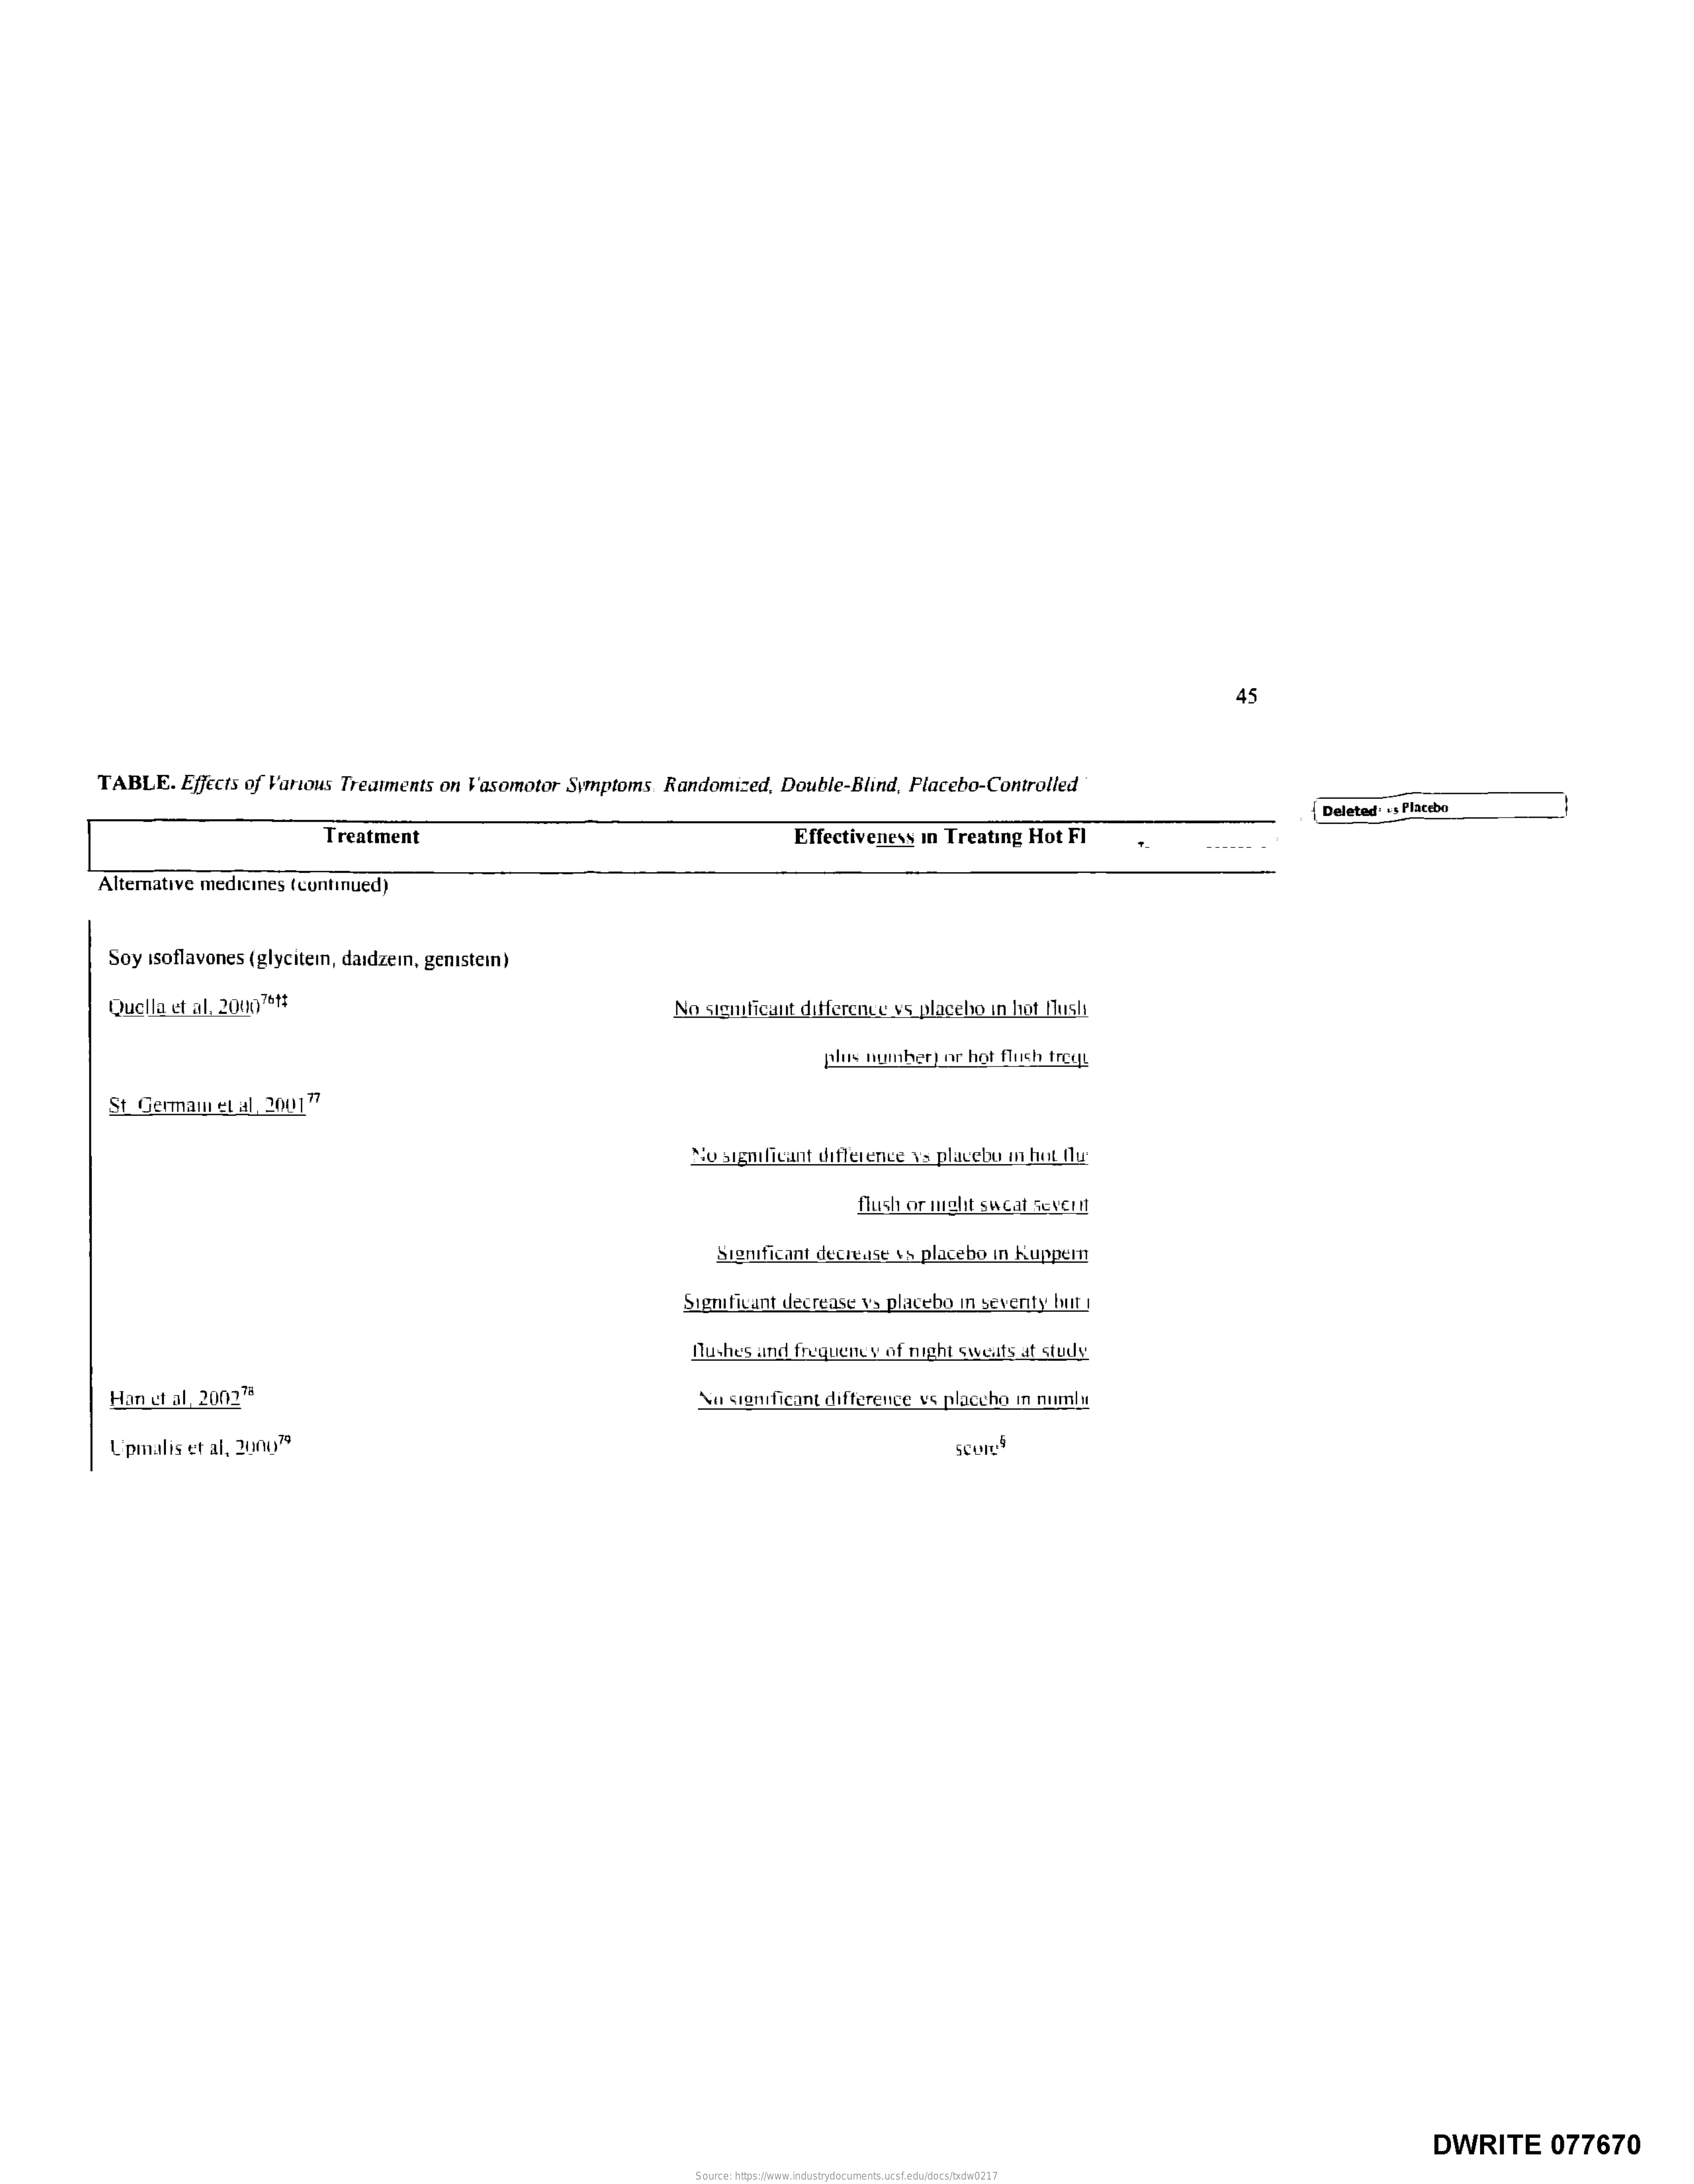
45
     TABLE. Effects of Various Treatments on Vasomotor Symptoms. Randomized, Double-Blind, Placebo-Controlled
     Deleted: : s Plattbe
     Treatment    Effectiveness in Treating Hot FI
     Alternative medicines (continued)
     Soy isoflavones (glycitem, daidzein, genistein)
     Quella et al, 20007 ***    No significant difference ys placebo in hot flush
     plus number! or hot flush freq!
     St Germam et al. 2001 77
     No significant difference ys placebu m het fly
     flush or night su Cal Setern
     Significant decrease &% placeho in Kupper
     Sigmtiwint decrease vs plascho in seventy but
     Quehe's and frequency of night swatts at study
     Han et al, 200211    Via significant difference vs ploccho in numly
     U'pmalis et al, 2000"
     DWRITE    077670
     Source: https://www.industrydocuments.ucsf.edu/docs/txdw0217